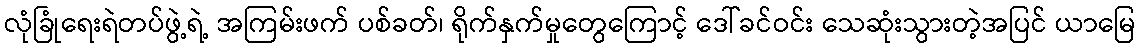
လုံခြုံရေးရဲတပ်ဖွဲ့ရဲ့ အကြမ်းဖက် ပစ်ခတ်၊ ရိုက်နှက်မှုတွေကြောင့် ဒေါ်ခင်ဝင်း သေဆုံးသွားတဲ့အပြင် ယာမြေ